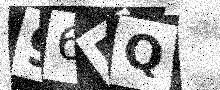
Text: 96PQ